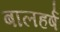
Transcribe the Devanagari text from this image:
बालहर्ष